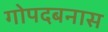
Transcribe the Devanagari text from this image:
गोपदबनास